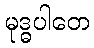
မုဒ္ဓပါတေ